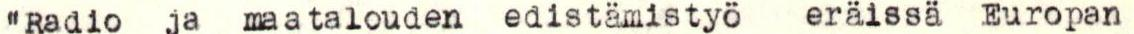
"Radio ja maatalouden edistämistyö eräissä Europan